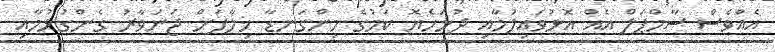
އެއްވެސް ސާމްޕަލް އެއް އޮޅުވައިލުމާއި ދުޅަހެޔޮ ކަމުގެ މިންގަނޑާ ހިލާފަށް ޖަނަވާރު ގެންގުޅުމާއި